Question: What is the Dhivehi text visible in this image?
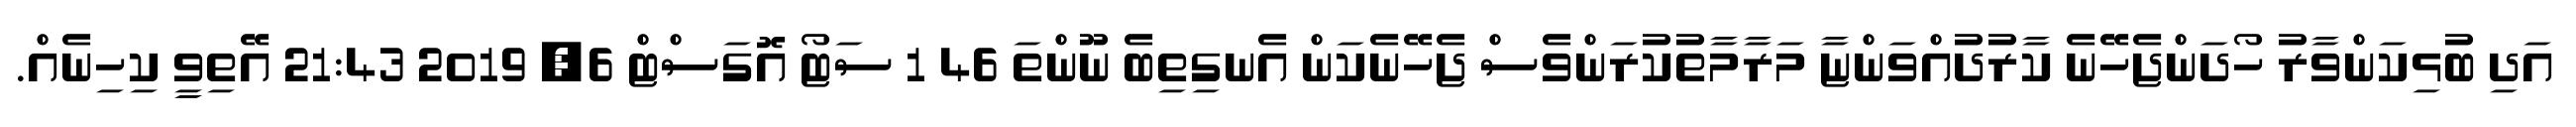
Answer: އަދި ބުޅިކަންވާރު ހޯދަންޖެހޭނެ ކާރުދުއްވަންޏާ މަރާމާތުކުރަންވެސް ޖެހޭނެކަން އެނގިތިބެ ނޫންތަ 46 1 ސަޓޯ އޮގަސްޓް 6, 2019 21:43 އޭތިވީ ކިހިނެއް.